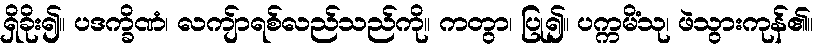
ရှိခိုး၍။ ပဒက္ခိဏံ၊ လကျ်ာရစ်လည်သည်ကို။ ကတွာ၊ ပြု၍။ ပက္ကမိံသု၊ ဖဲသွားကုန်၏။